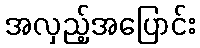
အလှည့်အပြောင်း